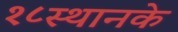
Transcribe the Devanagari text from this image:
१८स्थानके